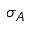
\sigma _ { A }